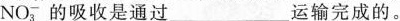
NO_{3}^{-}的吸收是通过___运输完成的。